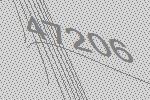
47206